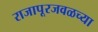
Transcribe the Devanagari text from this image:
राजापूरजवळच्या